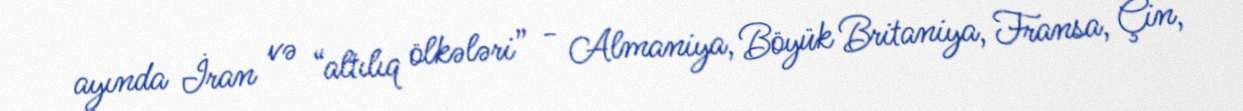
ayında İran və “altılıq ölkələri” - Almaniya, Böyük Britaniya, Fransa, Çin,